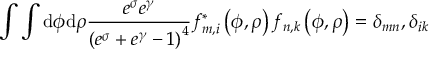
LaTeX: \int \int \mathrm { d } \phi \mathrm { d } \rho \frac { e ^ { \sigma } e ^ { \gamma } } { \left( e ^ { \sigma } + e ^ { \gamma } - 1 \right) ^ { 4 } } f _ { m , i } ^ { \ast } \left( \phi , \rho \right) f _ { n , k } \left( \phi , \rho \right) = \delta _ { m n } , \delta _ { i k }